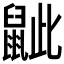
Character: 𪕑